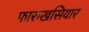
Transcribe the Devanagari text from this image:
फारुखसियार